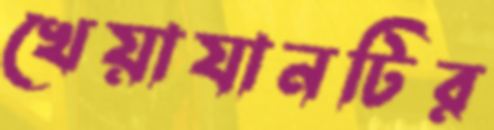
খেয়াযানটির